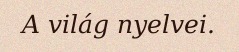
A világ nyelvei.